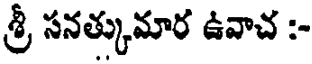
శ్రీ సనత్కుమార ఉవాచ :-